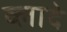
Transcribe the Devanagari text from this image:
व्लादे